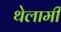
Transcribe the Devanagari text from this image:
थेलामी